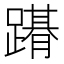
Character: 𨅤